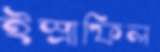
ইস্রাফিল